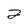
Character: 2